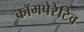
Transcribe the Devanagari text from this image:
कॉमपेरेटिव